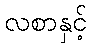
လစာနှင့်